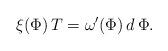
LaTeX: \begin{align*}\xi(\Phi)\,T = \omega'(\Phi)\,d\,\Phi.\end{align*}